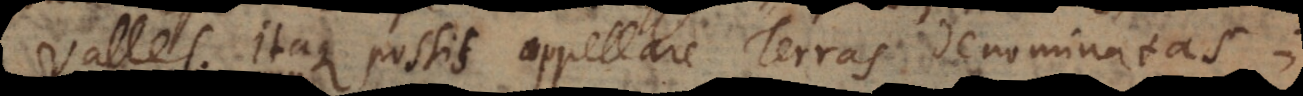
valles. Itaque possis appellare Terras denominatas;